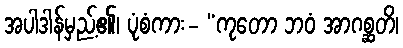
အပါဒါန်မှည့်၏၊ ပုံစံကား- “ကုတော ဘဝံ အာဂစ္ဆတိ၊